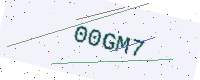
Text: 00GM7